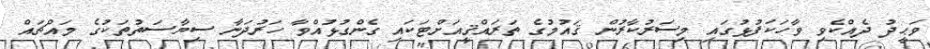
ވަޙީދު ދެއްކެވި ވާހަކަފުޅުގައި މިސަރުކާރުން ޤައުމުގެ ތަރައްޤީއަށްޓަކައި ގެންގުޅުއްވާ ހަރުދަނާ ސިޔާސަތުތަކުގެ މައްޗައް